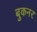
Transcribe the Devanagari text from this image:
बुकनर